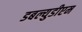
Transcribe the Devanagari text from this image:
डबल्युडीएम